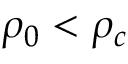
\rho _ { 0 } < \rho _ { c }